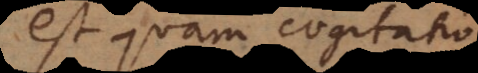
est quam cogitatio